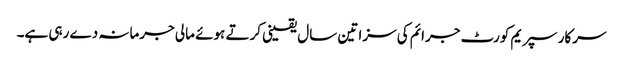
سرکار سپریم کورٹ جرائم کی سزا تین سال یقینی کرتے ہوئے مالی جرمانہ دے رہی ہے۔